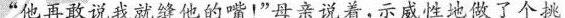
“他再敢说我就缝他的嘴!”母亲说着，示威性地做了个挑